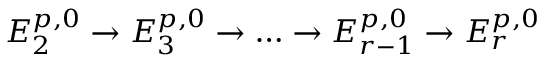
E _ { 2 } ^ { p , 0 } \to E _ { 3 } ^ { p , 0 } \to \dots \to E _ { r - 1 } ^ { p , 0 } \to E _ { r } ^ { p , 0 }